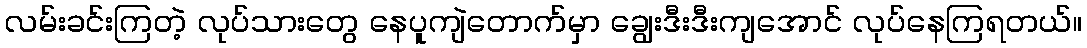
လမ်းခင်းကြတဲ့ လုပ်သားတွေ နေပူကျဲတောက်မှာ ချွေးဒီးဒီးကျအောင် လုပ်နေကြရတယ်။